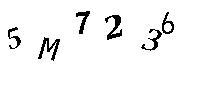
5M7236